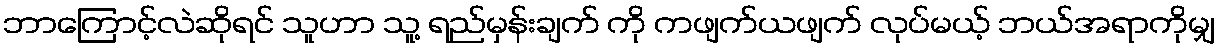
ဘာကြောင့်လဲဆိုရင် သူဟာ သူ့ ရည်မှန်းချက် ကို ကဖျက်ယဖျက် လုပ်မယ့် ဘယ်အရာကိုမျှ